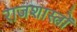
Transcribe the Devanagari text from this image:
राजशास्त्रों